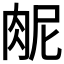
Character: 𫆜